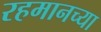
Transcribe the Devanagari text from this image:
रहमानच्या